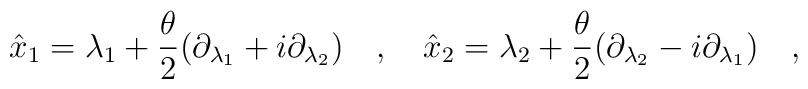
\hat{x}_1 = \lambda_1 + \frac{\theta}{2}(\partial_{\lambda_1} + i\partial_{\lambda_2}) \quad , \quad\hat{x}_2 = \lambda_2 + \frac{\theta}{2}( \partial_{\lambda_2} - i\partial_{\lambda_1}) \quad ,